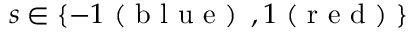
s \in \{ - 1 \mathrm { ~ ( ~ b ~ l ~ u ~ e ~ ) ~ } \, , 1 \mathrm { ~ ( ~ r ~ e ~ d ~ ) ~ } \}